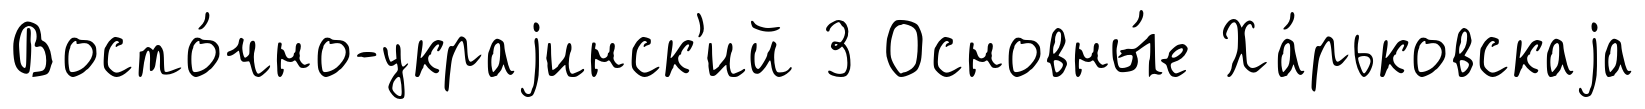
Восто́чно-украjинск'ий 3 Основны́е Ха́рьковскаjа